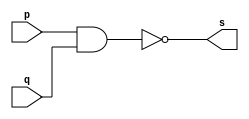
// ------------------------- 
// Exemplo0006 - NAND 
// Nome: Rafael Santos Moura 
// ------------------------- 
// --------------------- 
// -- nand gate 
// --------------------- 
	module nandgate (output s, input p, input q); 
	assign s = ~(p & q); 
	endmodule // nand

// --------------------- 
// -- test nandgate 
// --------------------- 

module testnandgate; 

// ------------------------- dados locais 
	reg a,b; // definir registrador 
	wire s; // definir conexao (fio) 
	
// ------------------------- instancia 
	nandgate NAND1 (s, a, b); 

// ------------------------- preparacao 
	initial begin:start 
	a=0;
	b=0;
end 

// ------------------------- parte principal 
	initial begin:main 
	$display("Exemplo0006 - Rafael Santos Moura - 441705"); 
	$display("Test nand gate"); 
	$display("\n a' | b' = s\n"); 
	a=0; b=0; 
	#1 $display("%b | %b = %b", a, b, s); 
	a=0; b=1; 
	#1 $display("%b | %b = %b", a, b, s); 
	a=1; b=0; 
	#1 $display("%b | %b = %b", a, b, s); 
	a=1; b=1; 
	#1 $display("%b | %b = %b", a, b, s); 

end 

endmodule // testnandgate